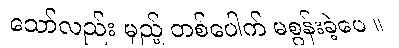
သော်လည်း မှည့် တစ်ပေါက် မစွန်းခဲ့ပေ ။